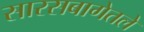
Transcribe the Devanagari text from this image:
सारसबागेतले